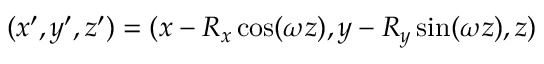
( x ^ { \prime } , y ^ { \prime } , z ^ { \prime } ) = ( x - R _ { x } \cos ( \omega z ) , y - R _ { y } \sin ( \omega z ) , z )